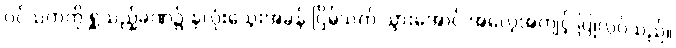
ဝင်သက်ကို ရှူသည့်ခဏ၌ နှလုံးသွေးအခုန် ငြိမ်သက် သွားအောင် အလေ့အကျင့် ပြုလုပ်သည်။